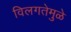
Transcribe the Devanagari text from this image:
विलगतेमुळे